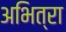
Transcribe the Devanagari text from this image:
अभित्रा